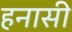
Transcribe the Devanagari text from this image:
हनासी